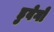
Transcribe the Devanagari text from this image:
डुवेगो